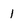
Character: 1